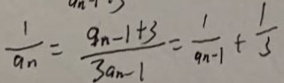
\frac { 1 } { a _ { n } } = \frac { 9 _ { n - 1 } + 3 } { 3 a _ { n - 1 } } = \frac { 1 } { 9 n - 1 } + \frac { 1 } { 3 }